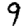
Digit: 9